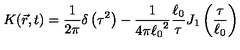
K ( \vec { r } , t ) = \frac { 1 } { 2 \pi } \delta \left( \tau ^ { 2 } \right) - \frac { 1 } { 4 \pi { \ell _ { 0 } } ^ { 2 } } \frac { \ell _ { 0 } } { \tau } J _ { 1 } \left( \frac { \tau } { \ell _ { 0 } } \right)